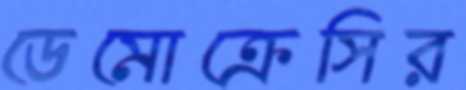
ডেমোক্রেসির